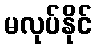
မလုပ်နိုင်